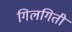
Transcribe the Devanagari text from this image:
गिलगिती